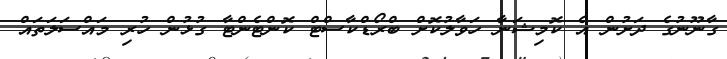
ގާނޫނުގެ ދަށުން އެ ކޮމިޝަނާ ހަވާލުކޮށް ބްރޯޑްކާސްޓް ކޮންޓެންޓާ ގުޅުން ހުރި މައްސަލަތައް